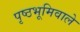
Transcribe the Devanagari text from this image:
पृष्ठभूमिवाले